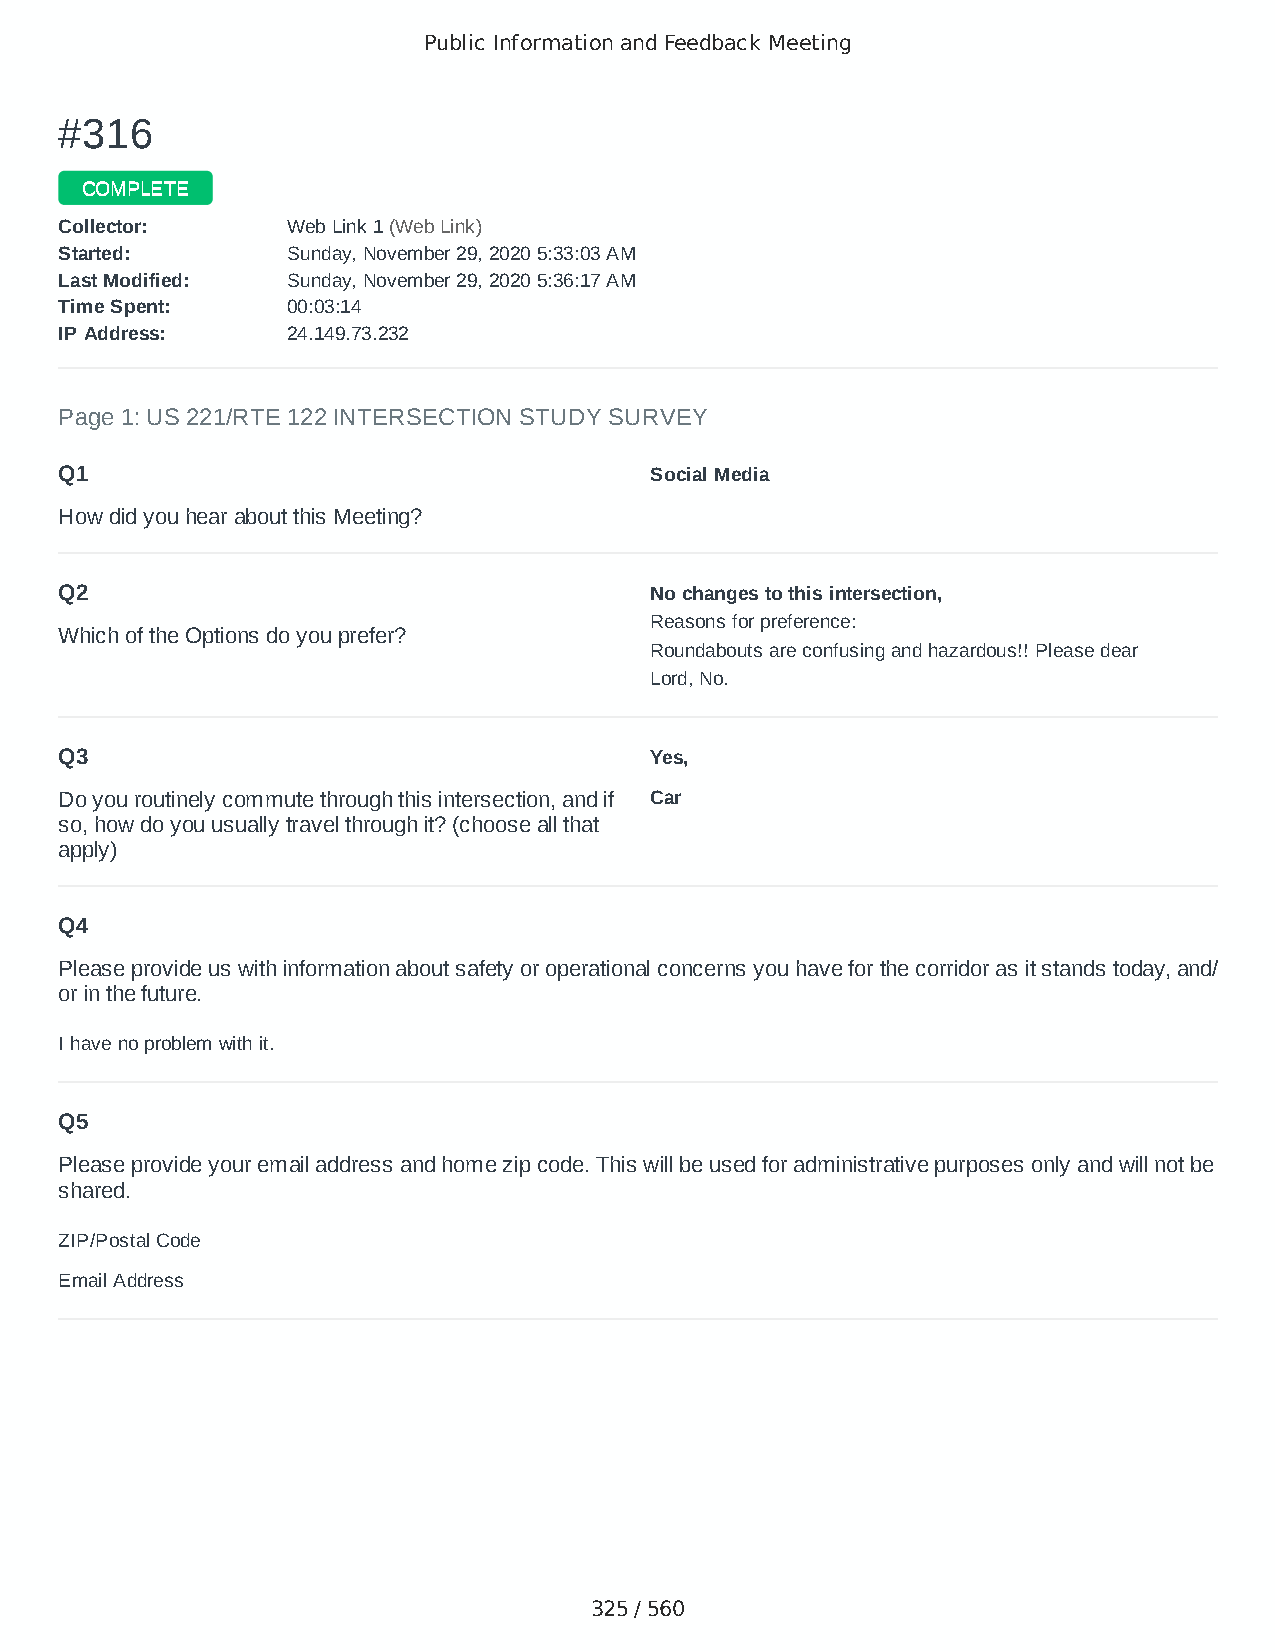
Public Information and Feedback Meeting
 ##331166
 CCOOMMPPLLEETTEE
 CCoolllleeccttoorr:: WWeebb LLiinnkk 11 ((WWeebb LLiinnkk))
 SSttaarrtteedd:: SSuunnddaayy,, NNoovveemmbbeerr 2299,, 22002200 55::3333::0033 AAMM
 LLaasstt MMooddiiffiieedd:: SSuunnddaayy,, NNoovveemmbbeerr 2299,, 22002200 55::3366::1177 AAMM
 TTiimmee SSppeenntt:: 0000::0033::1144
 IIPP AAddddrreessss:: 2244..114499..7733..223322
 Page 1: US 221/RTE 122 INTERSECTION STUDY SURVEY
 Q1                                     Social Media
 How did you hear about this Meeting?
 Q2                                     No changes to this intersection,
 Reasons for preference:
 Which of the Options do you prefer?
 Roundabouts are confusing and hazardous!! Please dear
 Lord, No.
 Q3                                     Yes,
 Do you routinely commute through this intersection, and if Car
 so, how do you usually travel through it? (choose all that
 apply)
 Q4
 Please provide us with information about safety or operational concerns you have for the corridor as it stands today, and/
 or in the future.
 I have no problem with it.
 Q5
 Please provide your email address and home zip code. This will be used for administrative purposes only and will not be
 shared.
 ZIP/Postal Code                        24523
 Email Address                          litehair7@aol.con
 325 / 560